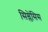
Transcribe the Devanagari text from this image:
सिम्लेंसिस